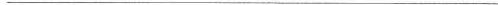
___